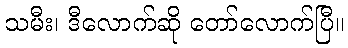
သမီး၊ ဒီလောက်ဆို တော်လောက်ပြီ။